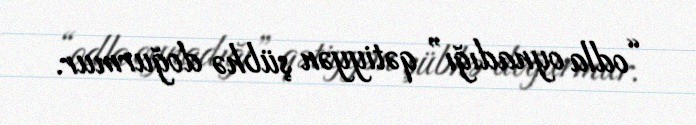
“odla oynadığı” qətiyyən şübhə doğurmur.